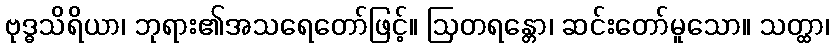
ဗုဒ္ဓသိရိယာ၊ ဘုရား၏အသရေတော်ဖြင့်။ ဩတရန္တော၊ ဆင်းတော်မူသော။ သတ္ထာ၊